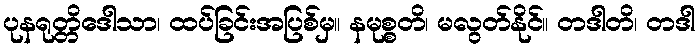
ပုနရုတ္တိဒေါသာ၊ ထပ်ခြင်းအပြစ်မှ။ နမုစ္စတိ၊ မလွတ်နိုင်။ တဒါတိ၊ တဒါ